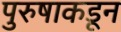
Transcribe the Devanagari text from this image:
पुरुषाकडून